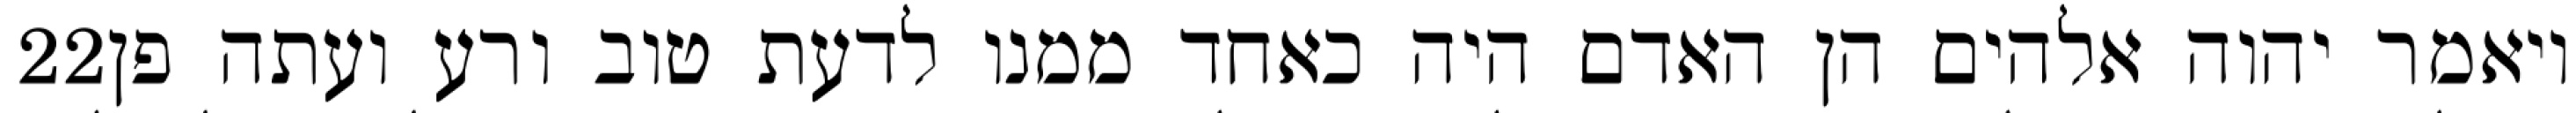
‎22‏ ויאמר יהוה אלהים הן האדם היה כאחד ממנו לדעת טוב ורע ועתה פן